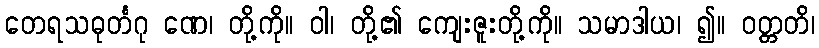
တေရသဓုင်္တဂု ဏေ၊ တို့ကို။ ဝါ၊ တို့၏ ကျေးဇူးတို့ကို။ သမာဒါယ၊ ၍။ ဝတ္တတိ၊